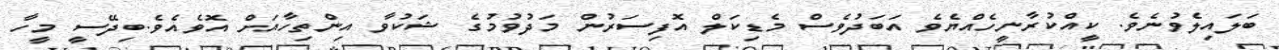
ބަލައިލެވުނެވެ. ކީއްކުރާނީހެއްޔެވެ އަބަދުވެސް މެޑިކަލް އޮފިސަރުން މަދުވުމުގެ ޝަކުވާ އިންތިހާއަށް އޮވެއެވެ.ބިދޭސީ މީހާ